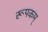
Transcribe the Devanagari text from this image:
रूपकम्